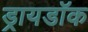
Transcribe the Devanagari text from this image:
ड्रायडॉक